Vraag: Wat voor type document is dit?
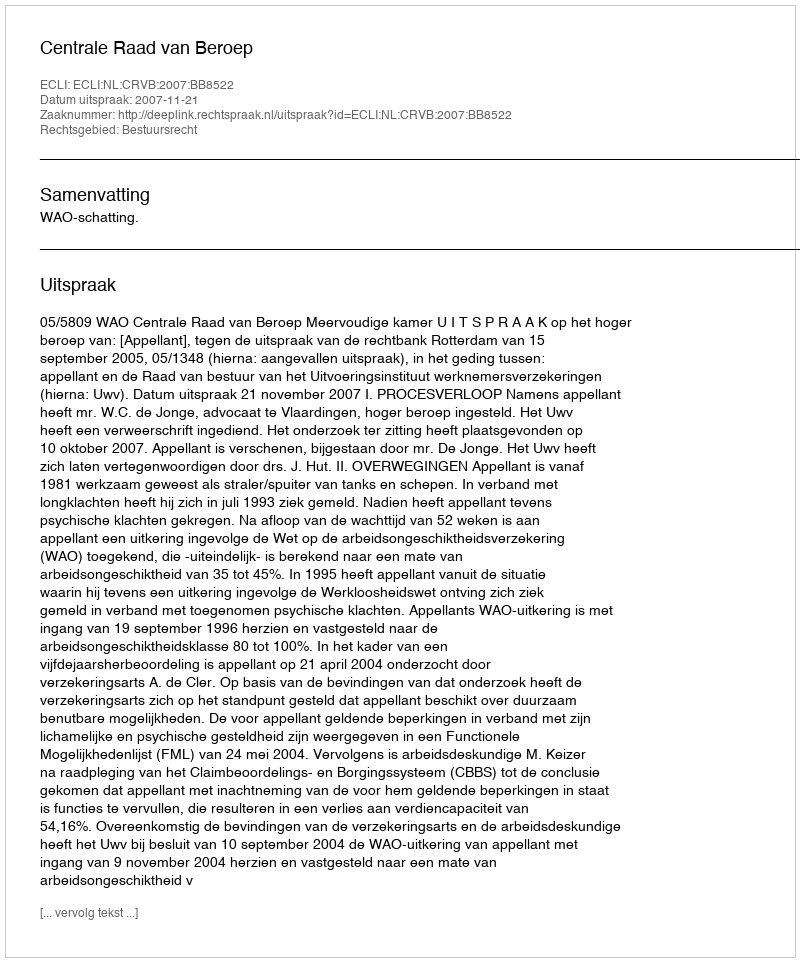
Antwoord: Uitspraak